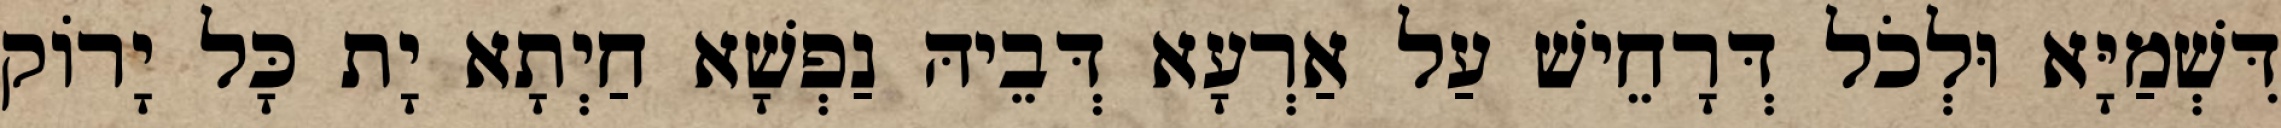
דִּשְׁמַיָּא וּלְכֹל דְּרָחֵישׁ עַל אַרְעָא דְּבֵיהּ נַפְשָׁא חַיְתָא יָת כָּל יָרוֹק